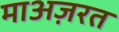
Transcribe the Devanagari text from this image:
माअज़रत